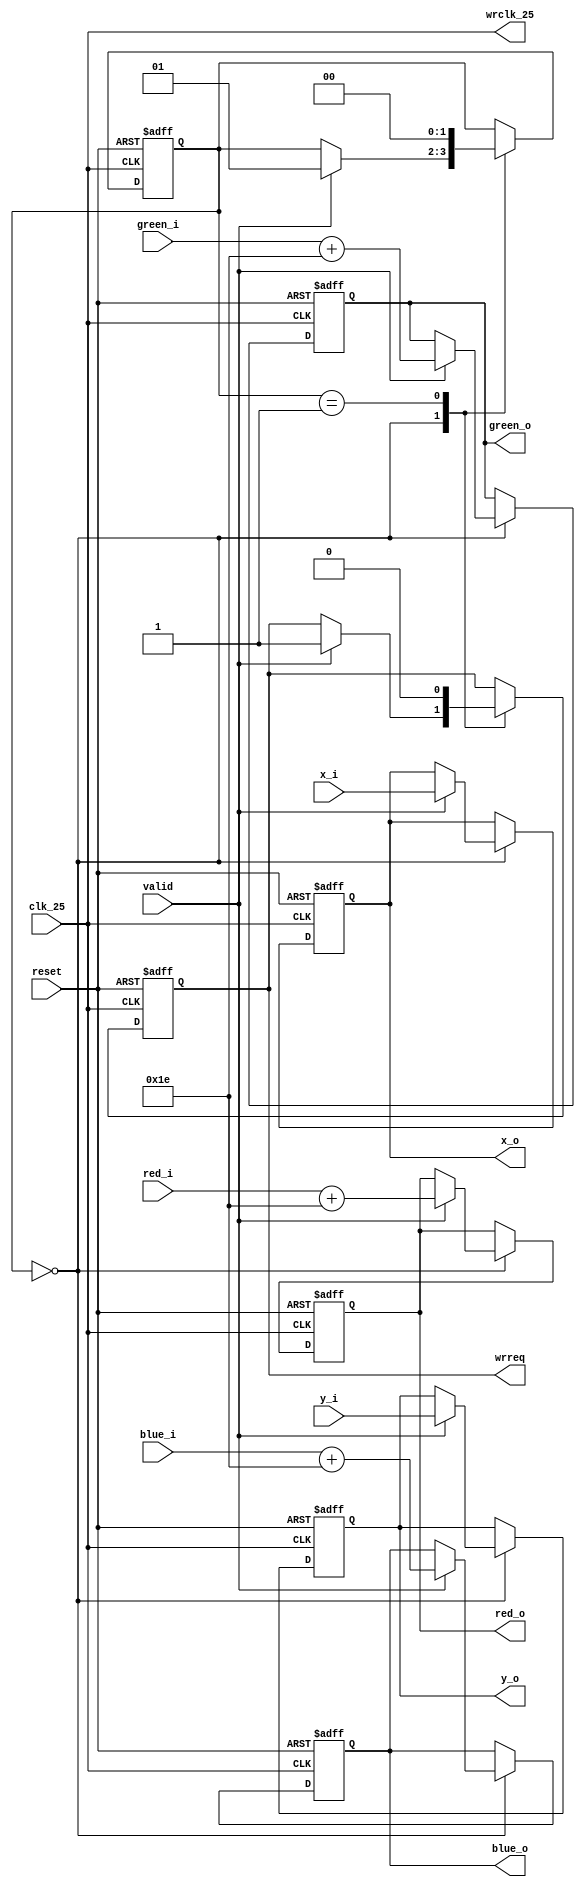
module color_transform (
	// input port	////
	clk_25,
	reset,
	valid,
	//// input-data ////
	x_i,
	y_i,
	red_i,
	green_i,
	blue_i,

	// output port	////
	wrreq,
	wrclk_25,
	//// output-data ////
	x_o,
	y_o,
	red_o,
	green_o,
	blue_o
);

//==== parameter definition =================================
	
	parameter AMB_SHIFT = 8'd30;
	parameter S_WAIT 	= 2'd0;
	parameter S_SEND	= 2'd1;

//==== in/out declaration ===================================
	//---- input ----//
	input clk_25;
	input reset;
	input valid;

	input [9:0] x_i;
	input [9:0] y_i;
	input [7:0] red_i;
	input [7:0] green_i;
	input [7:0] blue_i;

	//---- output ----//
	output wrreq;
	output wrclk_25;
	
	output [9:0] x_o;
	output [9:0] y_o;
	output [7:0] red_o;
	output [7:0] green_o;
	output [7:0] blue_o;

//==== reg/wire declaration =================================
	//---- output ----//
	reg [9:0] x_o;
	reg [9:0] y_o;
	reg [7:0] red_o;
	reg [7:0] green_o;
	reg [7:0] blue_o;
	reg wrreq;
	reg next_wrreq;
	wire wrclk_25;

	//---- flip-flops ----//
	reg [1:0] state;
	reg [1:0] next_state;
	//reg [9:0] x;
	//reg [9:0] y;
	//reg [7:0] red;
	//reg [7:0] green;
	//reg [7:0] blue;
    reg [9:0] next_x;
	reg [9:0] next_y;
	reg [7:0] next_red;
 	reg [7:0] next_green;
	reg [7:0] next_blue;

//==== combinational part ===================================
	// clock signal
	assign wrclk_25 = clk_25;

	always@(*) begin
		case(state)
			S_WAIT: begin
				if(valid) begin
					next_state = S_SEND;
					next_x = x_i;
					next_y = y_i;
					next_red = red_i + AMB_SHIFT;
					next_green = green_i + AMB_SHIFT;
					next_blue = blue_i + AMB_SHIFT;
					next_wrreq = 1;
				end
				else begin
					next_state = state;
					next_x = x_o;
					next_y = y_o;
					next_red = red_o;
					next_green = green_o;
					next_blue = blue_o;
					next_wrreq = wrreq;
				end
			end
			S_SEND: begin
				next_state = S_WAIT;
				next_x = x_o;
				next_y = y_o;
				next_red = red_o;
				next_green = green_o;
				next_blue = blue_o;
				next_wrreq = 0;
			end
			default: begin
				next_state = state;
				next_x = x_o;
				next_y = y_o;
				next_red = red_o;
				next_green = green_o;
				next_blue = blue_o;
				next_wrreq = wrreq;
			end
		endcase
	end

//==== sequential part ======================================
	always@( posedge clk_25 or negedge reset ) begin
		if( reset == 0 ) begin
			state 		<= 2'd0;
			wrreq 		<= 0;
			x_o			<= 10'd0;
			y_o			<= 10'd0;
			red_o		<= 8'd0;
			green_o		<= 8'd0;
			blue_o		<= 8'd0;			

		end
		else begin
			state 		<= next_state;
			wrreq 		<= next_wrreq;
			x_o			<= next_x;
			y_o			<= next_y;
			red_o		<= next_red;
			green_o		<= next_green;
			blue_o		<= next_blue;	

		end
	end

endmodule